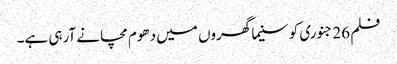
فلم 26 جنوری کو سنیما گھروں میں دھوم مچانے آرہی ہے۔